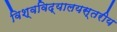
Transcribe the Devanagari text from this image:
विश्वविद्यालयस्तरीय